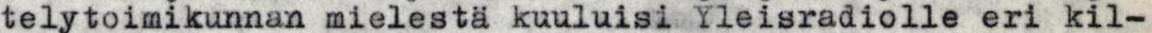
telytoimikunnan mielestä kuuluisi Yleisradiolle eri kil-